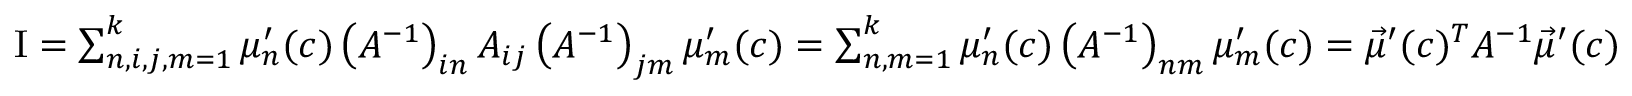
\begin{array} { r } { \mathrm { I } = \sum _ { n , i , j , m = 1 } ^ { k } \mu _ { n } ^ { \prime } ( c ) \left( A ^ { - 1 } \right) _ { i n } A _ { i j } \left( A ^ { - 1 } \right) _ { j m } \mu _ { m } ^ { \prime } ( c ) = \sum _ { n , m = 1 } ^ { k } \mu _ { n } ^ { \prime } ( c ) \left( A ^ { - 1 } \right) _ { n m } \mu _ { m } ^ { \prime } ( c ) = \vec { \mu } ^ { \prime } ( c ) ^ { T } A ^ { - 1 } \vec { \mu } ^ { \prime } ( c ) } \end{array}